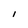
Character: l